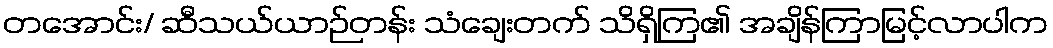
တအောင်း/ ဆီသယ်ယာဉ်တန်း သံချေးတက် သိရှိကြ၏ အချိန်ကြာမြင့်လာပါက